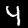
Digit: 4